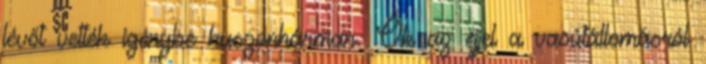
lévőt vették igénybe huszonhárman. Ők az éjjel a vasútállomásról